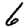
Digit: 6